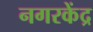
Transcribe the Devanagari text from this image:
नगरकेंद्र